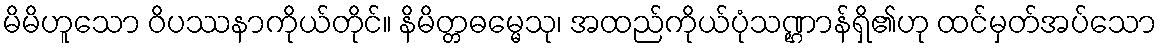
မိမိဟူသော ဝိပဿနာကိုယ်တိုင်။ နိမိတ္တဓမ္မေသု၊ အထည်ကိုယ်ပုံသဏ္ဌာန်ရှိ၏ဟု ထင်မှတ်အပ်သော